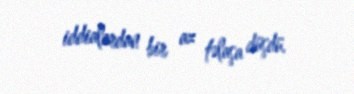
iddialardan bir az təlaşa düşdü.